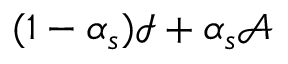
( 1 - \alpha _ { s } ) \mathcal { I } + \alpha _ { s } \mathcal { A }